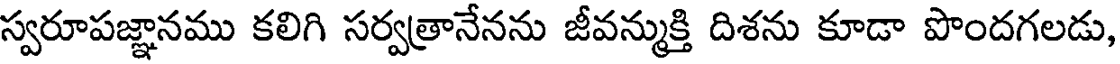
స్వరూపజ్ఞానము కలిగి సర్వత్రానేనను జీవన్ముక్తి దిశను కూడా పొందగలడు,